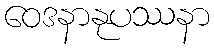
ဝေဒနာနုပဿနာ